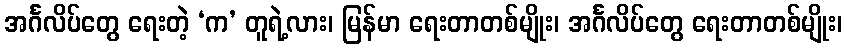
အင်္ဂလိပ်တွေ ရေးတဲ့ ‘က’ တူရဲ့လား၊ မြန်မာ ရေးတာတစ်မျိုး၊ အင်္ဂလိပ်တွေ ရေးတာတစ်မျိုး၊